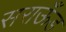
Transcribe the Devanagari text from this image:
सराऊँड